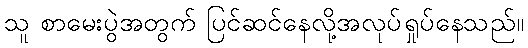
သူ စာမေးပွဲအတွက် ပြင်ဆင်နေလို့အလုပ်ရှုပ်နေသည်။